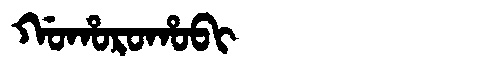
Manchu: ᡤᠣᡥᠣᡵᠣᡥᠣᠪᡳ
Romanization: GOHOROHOBI